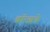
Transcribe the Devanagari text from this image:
ब्राॅन्झचे